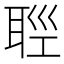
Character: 𦕭